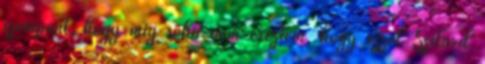
szempont, hogy míg soha nem éreztem, hogy ezzel Szilárd